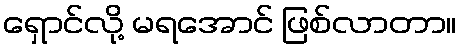
ရှောင်လို့ မရအောင် ဖြစ်လာတာ။